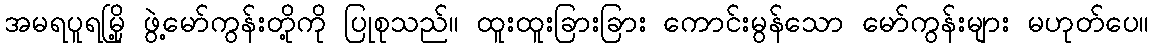
အမရပူရမြို့ ဖွဲ့မော်ကွန်းတို့ကို ပြုစုသည်။ ထူးထူးခြားခြား ကောင်းမွန်သော မော်ကွန်းများ မဟုတ်ပေ။